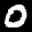
Label: 0